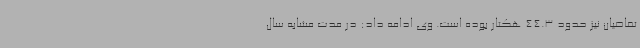
تقاضیان نیز حدود 44.3 هکتار بوده است. وی ادامه داد: در مدت مشابه سال